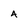
Character: A